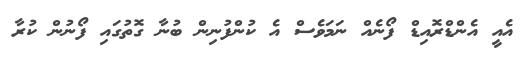
އެއީ އެންޑްރޮއިޑް ފޯނެއް ނަމަވެސް އެ ކުންފުނިން ބުނާ ގޮތުގައި ފޯނުން ކުރާ